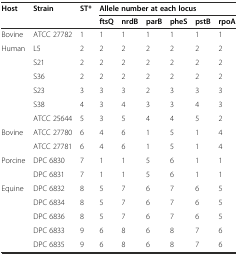
<table><thead><tr><td rowspan="2"><b>Host</b></td><td rowspan="2"><b>Strain</b></td><td rowspan="2"><b>ST*</b></td><td colspan="6"><b>Allele number at each locus</b></td></tr><tr><td><b>ftsQ</b></td><td><b>nrdB</b></td><td><b>parB</b></td><td><b>pheS</b></td><td><b>pstB</b></td><td><b>rpoA</b></td></tr></thead><tbody><tr><td>Bovine</td><td>ATCC 27782</td><td>1</td><td>1</td><td>1</td><td>1</td><td>1</td><td>1</td><td>1</td></tr><tr><td rowspan="6">Human</td><td>L5</td><td>2</td><td>2</td><td>2</td><td>2</td><td>2</td><td>2</td><td>2</td></tr><tr><td>S21</td><td>2</td><td>2</td><td>2</td><td>2</td><td>2</td><td>2</td><td>2</td></tr><tr><td>S36</td><td>2</td><td>2</td><td>2</td><td>2</td><td>2</td><td>2</td><td>2</td></tr><tr><td>S23</td><td>3</td><td>3</td><td>3</td><td>2</td><td>3</td><td>3</td><td>3</td></tr><tr><td>S38</td><td>4</td><td>3</td><td>4</td><td>3</td><td>3</td><td>4</td><td>3</td></tr><tr><td>ATCC 25644</td><td>5</td><td>3</td><td>5</td><td>4</td><td>4</td><td>5</td><td>2</td></tr><tr><td rowspan="2">Bovine</td><td>ATCC 27780</td><td>6</td><td>4</td><td>6</td><td>1</td><td>5</td><td>1</td><td>4</td></tr><tr><td>ATCC 27781</td><td>6</td><td>4</td><td>6</td><td>1</td><td>5</td><td>1</td><td>4</td></tr><tr><td rowspan="2">Porcine</td><td>DPC 6830</td><td>7</td><td>1</td><td>1</td><td>5</td><td>6</td><td>1</td><td>1</td></tr><tr><td>DPC 6831</td><td>7</td><td>1</td><td>1</td><td>5</td><td>6</td><td>1</td><td>1</td></tr><tr><td rowspan="5">Equine</td><td>DPC 6832</td><td>8</td><td>5</td><td>7</td><td>6</td><td>7</td><td>6</td><td>5</td></tr><tr><td>DPC 6834</td><td>8</td><td>5</td><td>7</td><td>6</td><td>7</td><td>6</td><td>5</td></tr><tr><td>DPC 6836</td><td>8</td><td>5</td><td>7</td><td>6</td><td>7</td><td>6</td><td>5</td></tr><tr><td>DPC 6833</td><td>9</td><td>6</td><td>8</td><td>6</td><td>8</td><td>7</td><td>6</td></tr><tr><td>DPC 6835</td><td>9</td><td>6</td><td>8</td><td>6</td><td>8</td><td>7</td><td>6</td></tr></tbody></table>